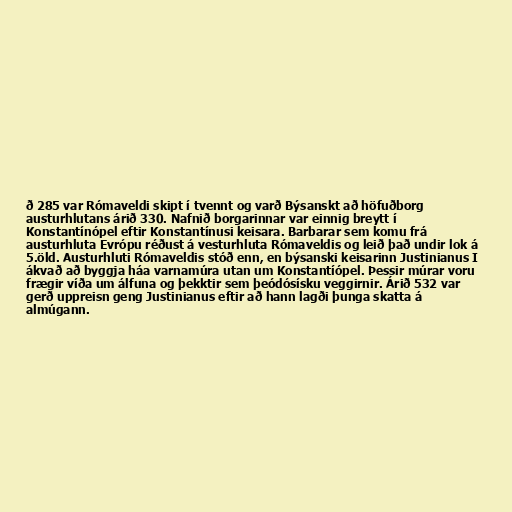
ð 285 var Rómaveldi skipt í tvennt og varð Býsanskt að höfuðborg
austurhlutans árið 330. Nafnið borgarinnar var einnig breytt í
Konstantínópel eftir Konstantínusi keisara. Barbarar sem komu frá
austurhluta Evrópu réðust á vesturhluta Rómaveldis og leið það undir lok á
5.öld. Austurhluti Rómaveldis stóð enn, en býsanski keisarinn Justinianus I
ákvað að byggja háa varnamúra utan um Konstantíópel. Þessir múrar voru
frægir víða um álfuna og þekktir sem þeódósísku veggirnir. Árið 532 var
gerð uppreisn geng Justinianus eftir að hann lagði þunga skatta á
almúgann.